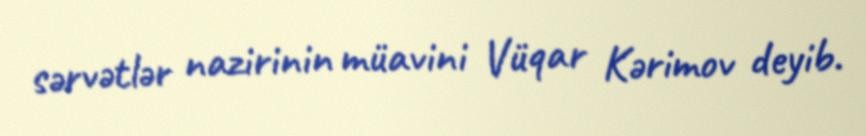
sərvətlər nazirinin müavini Vüqar Kərimov deyib.